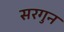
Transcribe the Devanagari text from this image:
सरगुन